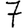
Digit: 7